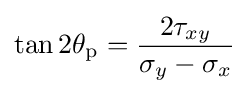
\tan 2\theta _{\mathrm {p} }={\frac {2\tau _{xy}}{\sigma _{y}-\sigma _{x}}}